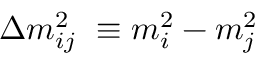
\Delta m _ { i j } ^ { 2 } \ \equiv m _ { i } ^ { 2 } - m _ { j } ^ { 2 }